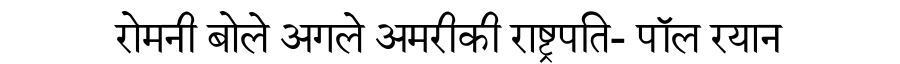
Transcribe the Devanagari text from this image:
रोमनी बोले अगले अमरीकी राष्ट्रपति- पॉल रयान